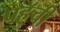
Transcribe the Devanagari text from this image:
पहुॅची